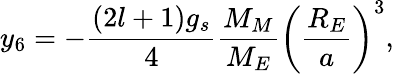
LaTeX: y_{6}=-\frac{(2l+1)g_{s}}{4}\frac{M_{M}}{M_{E}}\left(\frac{R_{E}}{a}\right)^{3},